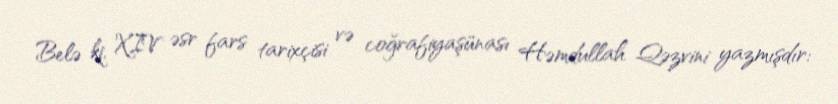
Belə ki, XIV əsr fars tarixçisi və coğrafiyaşünası Həmdullah Qəzvini yazmışdır: